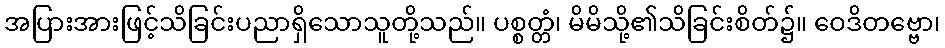
အပြားအားဖြင့်သိခြင်းပညာရှိသောသူတို့သည်။ ပစ္စတ္တံ၊ မိမိသို့၏သိခြင်းစိတ်၌။ ဝေဒိတဗ္ဗော၊